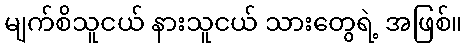
မျက်စိသူငယ် နားသူငယ် သားတွေရဲ့ အဖြစ်။